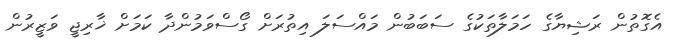
އެގޮތުން ރަޝިޔާގެ ހަމަލާތަކުގެ ސަބަބުން މައްސަލަ އިތުރަށް ގޯސްވަމުންދާ ކަމަށް ޚާރިޖީ ވަޒީރުން